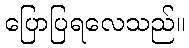
ပြောပြရလေသည်။